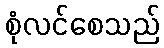
စုံလင်စေသည်